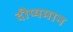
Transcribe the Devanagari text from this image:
दीप्यमान